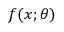
f ( x ; { \boldsymbol { \theta } } )